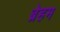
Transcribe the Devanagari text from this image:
ब्रेहम